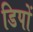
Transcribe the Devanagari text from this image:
डिपों